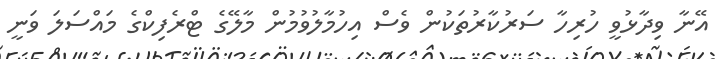
އޭނާ ވިދާޅުވީ ހުރިހާ ސަރުކާރުތަކުން ވެސް އިހުމާލުވުމުން މާލޭގެ ޓްރެފިކްގެ މައްސަލަ ވަނީ